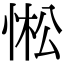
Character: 𢛒